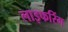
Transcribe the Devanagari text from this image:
लाइफरिंग